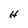
Character: H